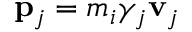
\mathbf { p } _ { j } = m _ { i } \gamma _ { j } \mathbf { v } _ { j }